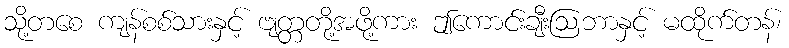
သို့တစေ ကျန်စစ်သားနှင့် ဗျတ္တတို့အဖို့ကား ဤကောင်းချီးဩဘာနှင့် မထိုက်တန်၊